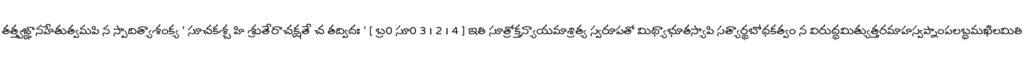
తత్త్వజ్ఞానహేతుత్వమపి న స్పాదిత్యాశంక్య ' సూచకశ్చ హి శ్రుతేరాచక్షతే చ తద్విదః ' [ బ్ర0 సూ0 3 । 2 । 4 ] ఇతి సూత్రోక్తన్యాయమాశ్రిత్య స్వరూపతో మిథ్యాభూతస్యాపి సత్యార్థబోధకత్వం న విరుద్ధమిత్యుత్తరమాహస్వప్నాంపలబ్ధమఖిలమితి